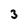
Character: 3